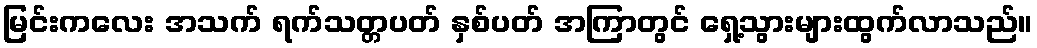
မြင်းကလေး အသက် ရက်သတ္တပတ် နှစ်ပတ် အကြာတွင် ရှေ့သွားများထွက်လာသည်။